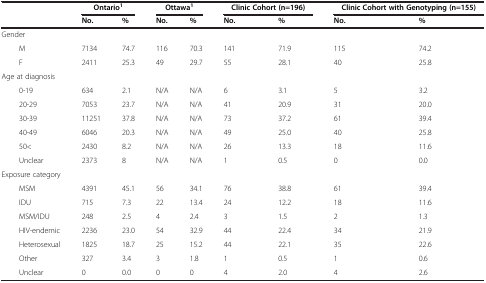
|  | Ontario1 |  | Ottawa1 |  | Clinic Cohort (n=196) |  | Clinic Cohort with Genotyping (n=155) |  |
 |  | No. | % | No. | % | No. | % | No. | % |
 | --- | --- | --- | --- | --- | --- | --- | --- | --- |
 | Gender |  |  |  |  |  |  |  |  |
 | M | 7134 | 74.7 | 116 | 70.3 | 141 | 71.9 | 115 | 74.2 |
 | F | 2411 | 25.3 | 49 | 29.7 | 55 | 28.1 | 40 | 25.8 |
 | Age at diagnosis |  |  |  |  |  |  |  |  |
 | 0-19 | 634 | 2.1 | N/A | N/A | 6 | 3.1 | 5 | 3.2 |
 | 20-29 | 7053 | 23.7 | N/A | N/A | 41 | 20.9 | 31 | 20.0 |
 | 30-39 | 11251 | 37.8 | N/A | N/A | 73 | 37.2 | 61 | 39.4 |
 | 40-49 | 6046 | 20.3 | N/A | N/A | 49 | 25.0 | 40 | 25.8 |
 | 50< | 2430 | 8.2 | N/A | N/A | 26 | 13.3 | 18 | 11.6 |
 | Unclear | 2373 | 8 | N/A | N/A | 1 | 0.5 | 0 | 0.0 |
 | Exposure category |  |  |  |  |  |  |  |  |
 | MSM | 4391 | 45.1 | 56 | 34.1 | 76 | 38.8 | 61 | 39.4 |
 | IDU | 715 | 7.3 | 22 | 13.4 | 24 | 12.2 | 18 | 11.6 |
 | MSM/IDU | 248 | 2.5 | 4 | 2.4 | 3 | 1.5 | 2 | 1.3 |
 | HIV-endemic | 2236 | 23.0 | 54 | 32.9 | 44 | 22.4 | 34 | 21.9 |
 | Heterosexual | 1825 | 18.7 | 25 | 15.2 | 44 | 22.1 | 35 | 22.6 |
 | Other | 327 | 3.4 | 3 | 1.8 | 1 | 0.5 | 1 | 0.6 |
 | Unclear | 0 | 0.0 | 0 | 0 | 4 | 2.0 | 4 | 2.6 |